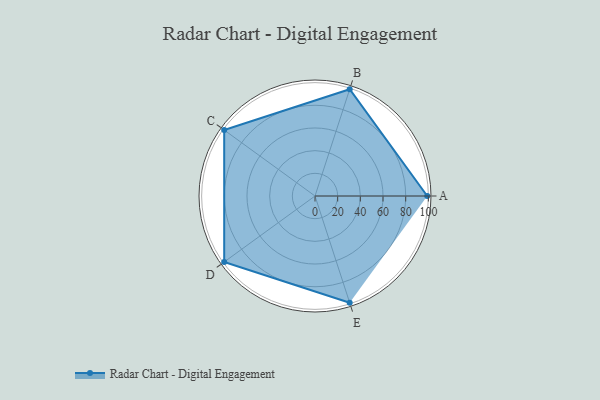
{"axis": {"x": "Skill", "y": "Score"}, "legend": ["Profile"], "data": [{"x": "A", "y": 99, "type": "Profile"}, {"x": "B", "y": 99, "type": "Profile"}, {"x": "C", "y": 99, "type": "Profile"}, {"x": "D", "y": 99, "type": "Profile"}, {"x": "E", "y": 99, "type": "Profile"}]}